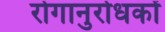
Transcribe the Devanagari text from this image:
रोगानुरोधकों